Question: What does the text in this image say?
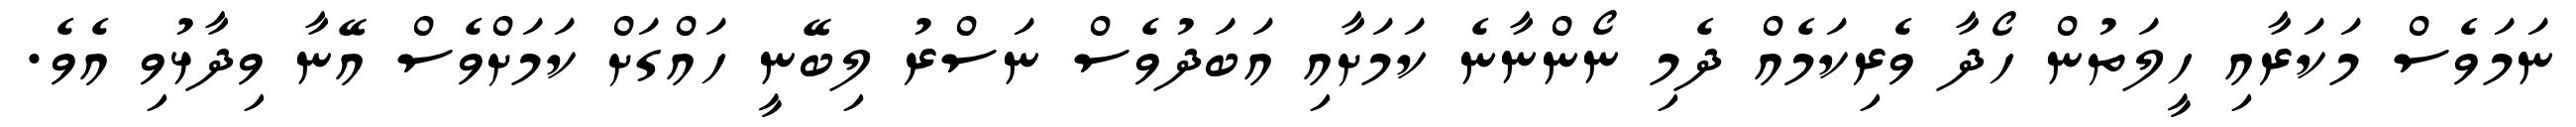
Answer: ނަމަވެސް މަކަރާއި ހީލަތުން ހޯދާ ވެރިކަމެއް ދެމި ނޯންނާނެ ކަމަށާއި އަބަދުވެސް ނަސްރު ލިބޭނީ ހައްގަށް ކަމަށްވެސް އޭނާ ވިދާޅުވި އެވެ.